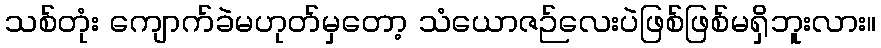
သစ်တုံး ကျောက်ခဲမဟုတ်မှတော့ သံယောဇဉ်လေးပဲဖြစ်ဖြစ်မရှိဘူးလား။